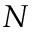
N